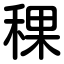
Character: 稞